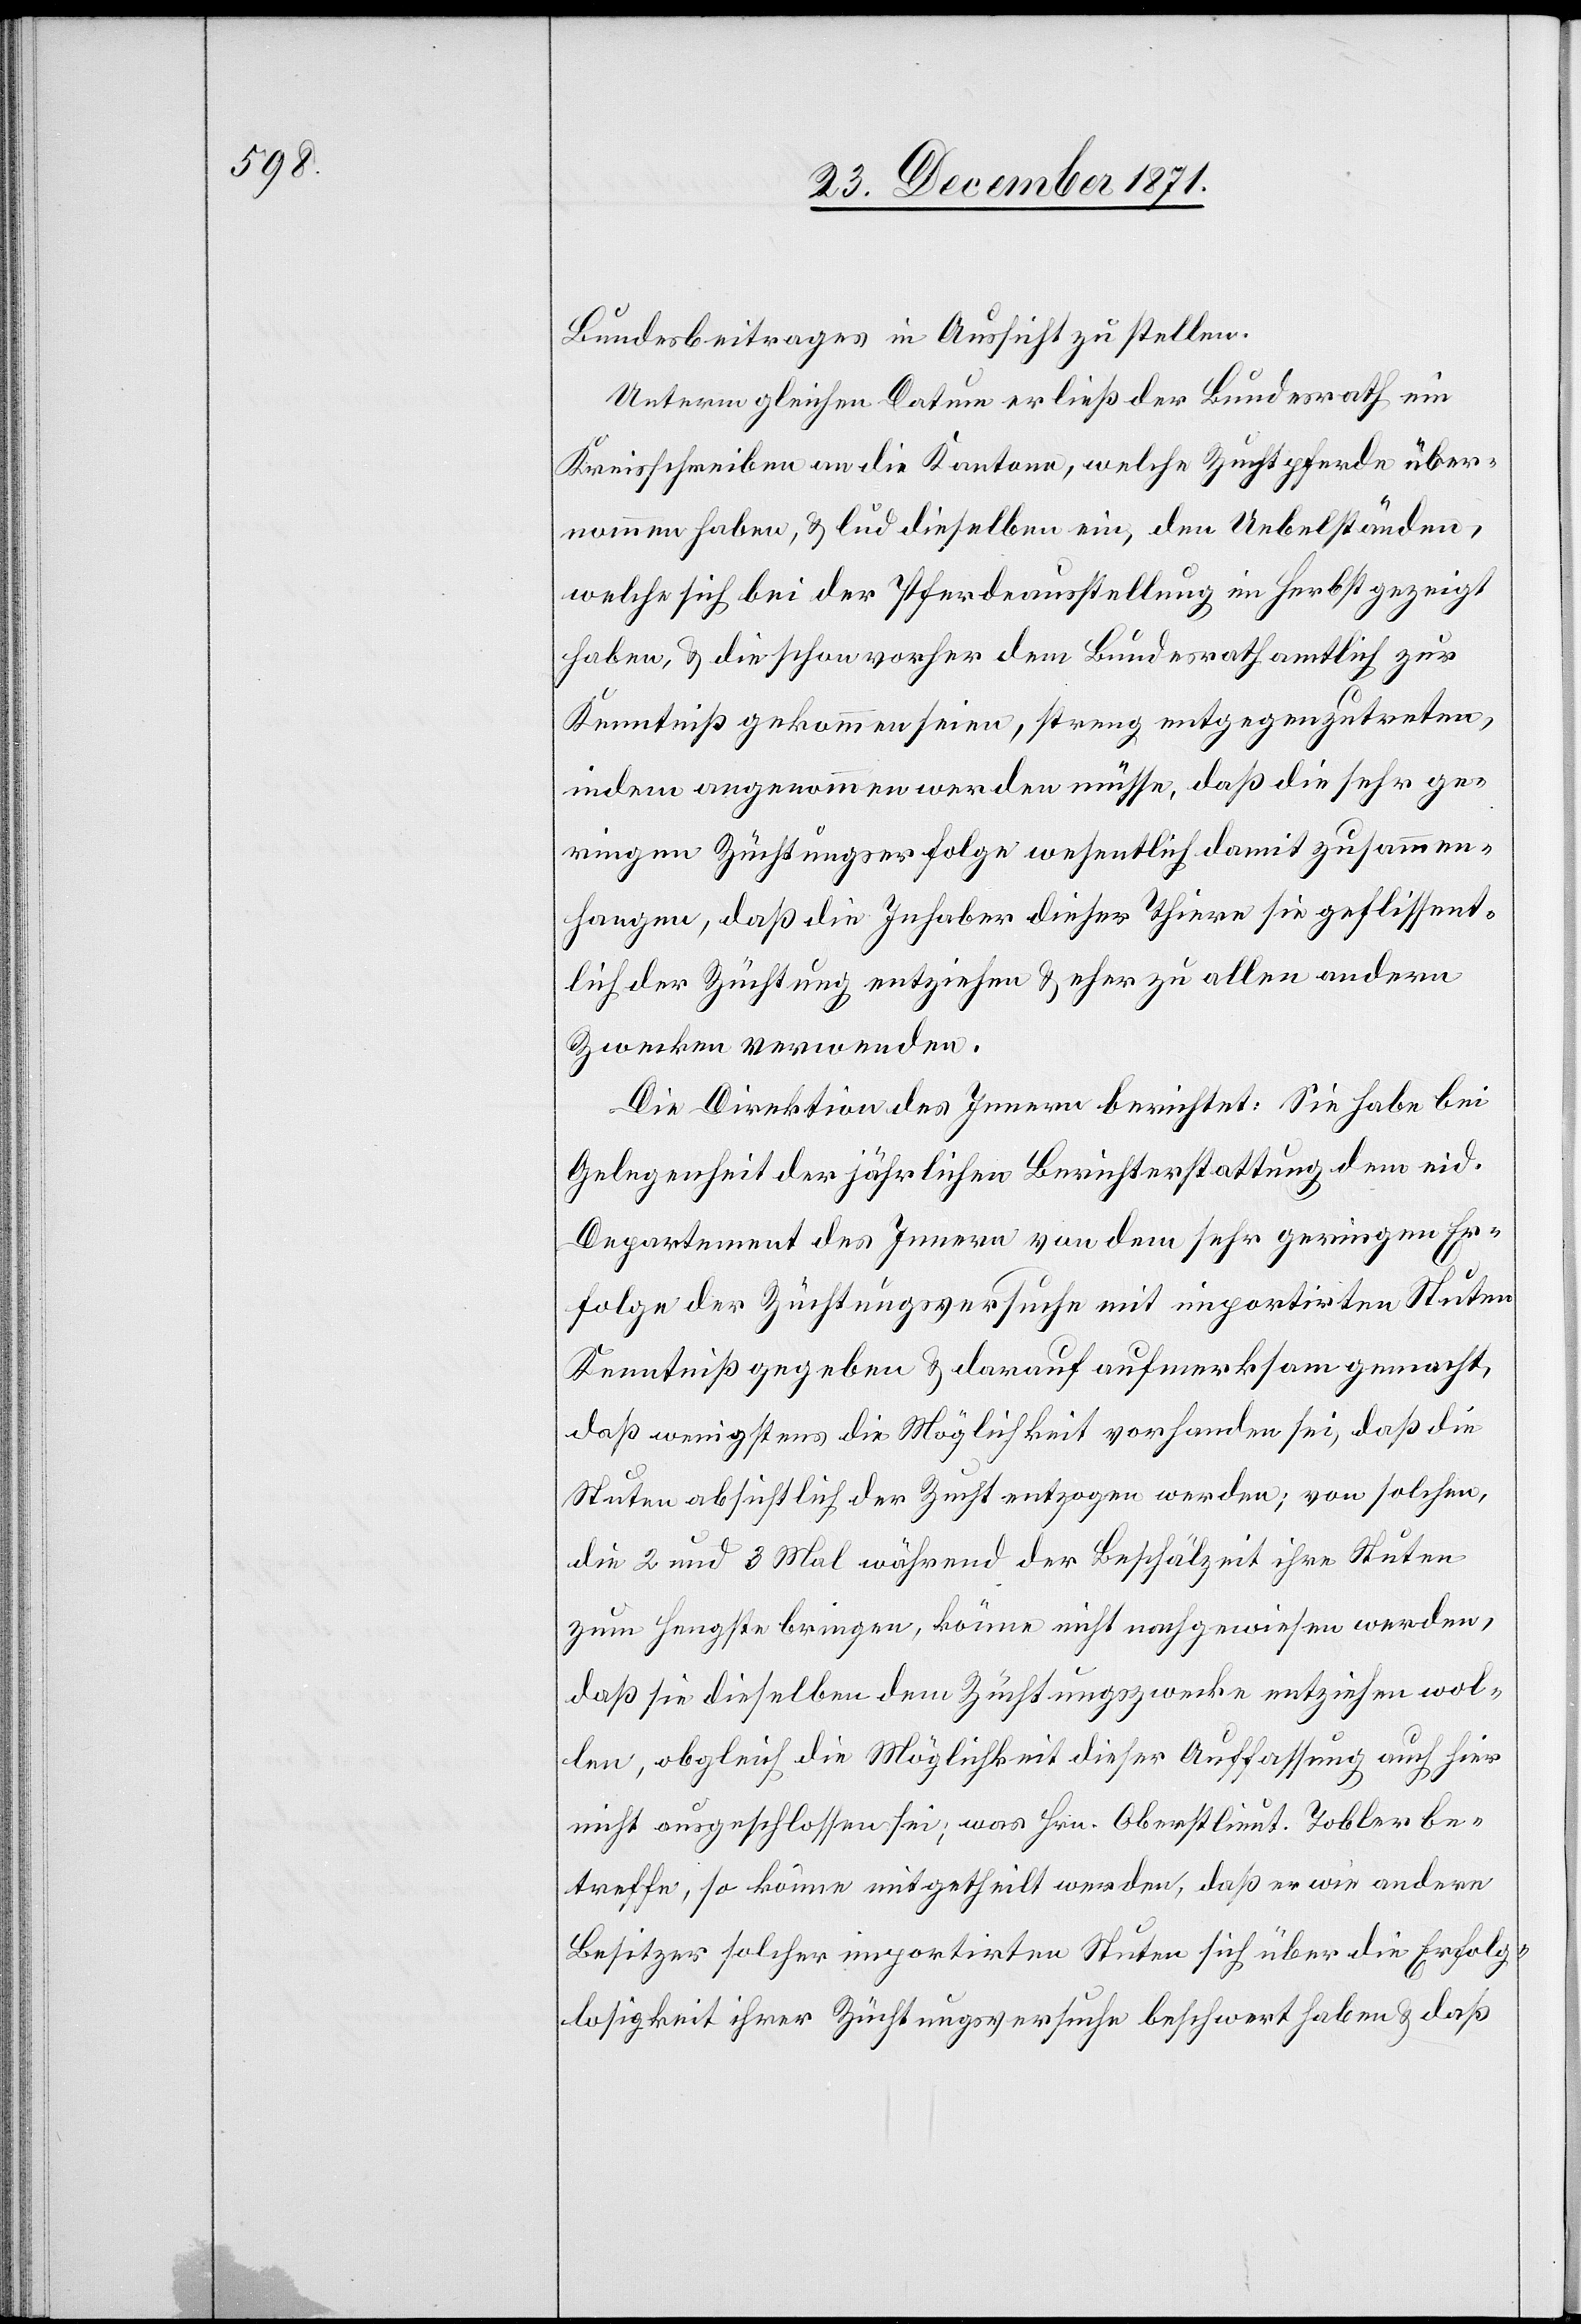
Bundesbeitrages in Aussicht zu stellen.
Unterm gleichen Datum erließ der Bundesrath ein
Kreisschreiben an die Kantone, welche Zuchtpferde über¬
nommen haben, & lud dieselben ein, den Uebelständen,
welche sich bei der Pferdeausstellung im Herbst gezeigt
haben, & die schon vorher dem Bundesrath amtlich zur
Kenntniß gekommen seien, streng entgegenzutreten,
indem angenommen werden müsse, daß die sehr ge¬
ringen Züchtungserfolge wesentlich damit zusammen¬
hangen, daß die Inhaber dieser Thiere sie geflissent¬
lich der Züchtung entziehen & eher zu allen anderen
Zwecken verwenden.
Die Direktion des Innern berichtet: Sie habe bei
Gelegenheit der jährlichen Berichterstattung dem eid.
Departement des Innern von dem sehr geringen Er¬
folge der Züchtungsversuche mit importirten Stuten
Kenntniß gegeben & darauf aufmerksam gemacht,
daß wenigstens die Möglichkeit vorhanden sei, daß die
Stuten absichtlich der Zucht entzogen werden; von solchen,
die 2 und 3 Mal während der Beschälzeit ihre Stuten
zum Hengste bringen, könne nicht nachgewiesen werden,
daß sie dieselben dem Züchtungszwecke entziehen wol¬
len, obgleich die Möglichkeit dieser Auffassung auch hier
nicht ausgeschlossen sei; was Hrn. Oberstlieut. Tobler be¬
treffe, so könne mitgetheilt werden, daß er wie andere
Besitzer solcher importirter Stuten sich über die Erfolg¬
losigkeit ihrer Züchtungsversuche beschwert haben [sic!] & daß